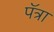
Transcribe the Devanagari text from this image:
पॅत्रा